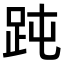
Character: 𧿬